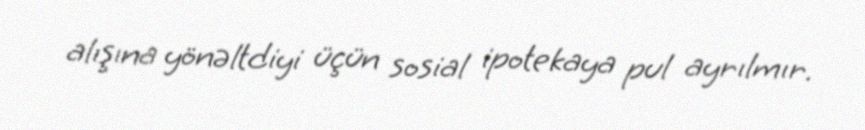
alışına yönəltdiyi üçün sosial ipotekaya pul ayrılmır.